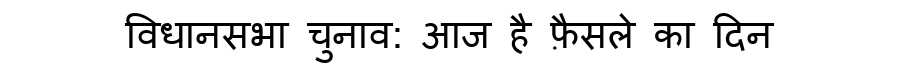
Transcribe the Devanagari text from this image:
विधानसभा चुनाव: आज है फ़ैसले का दिन